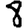
Digit: 8